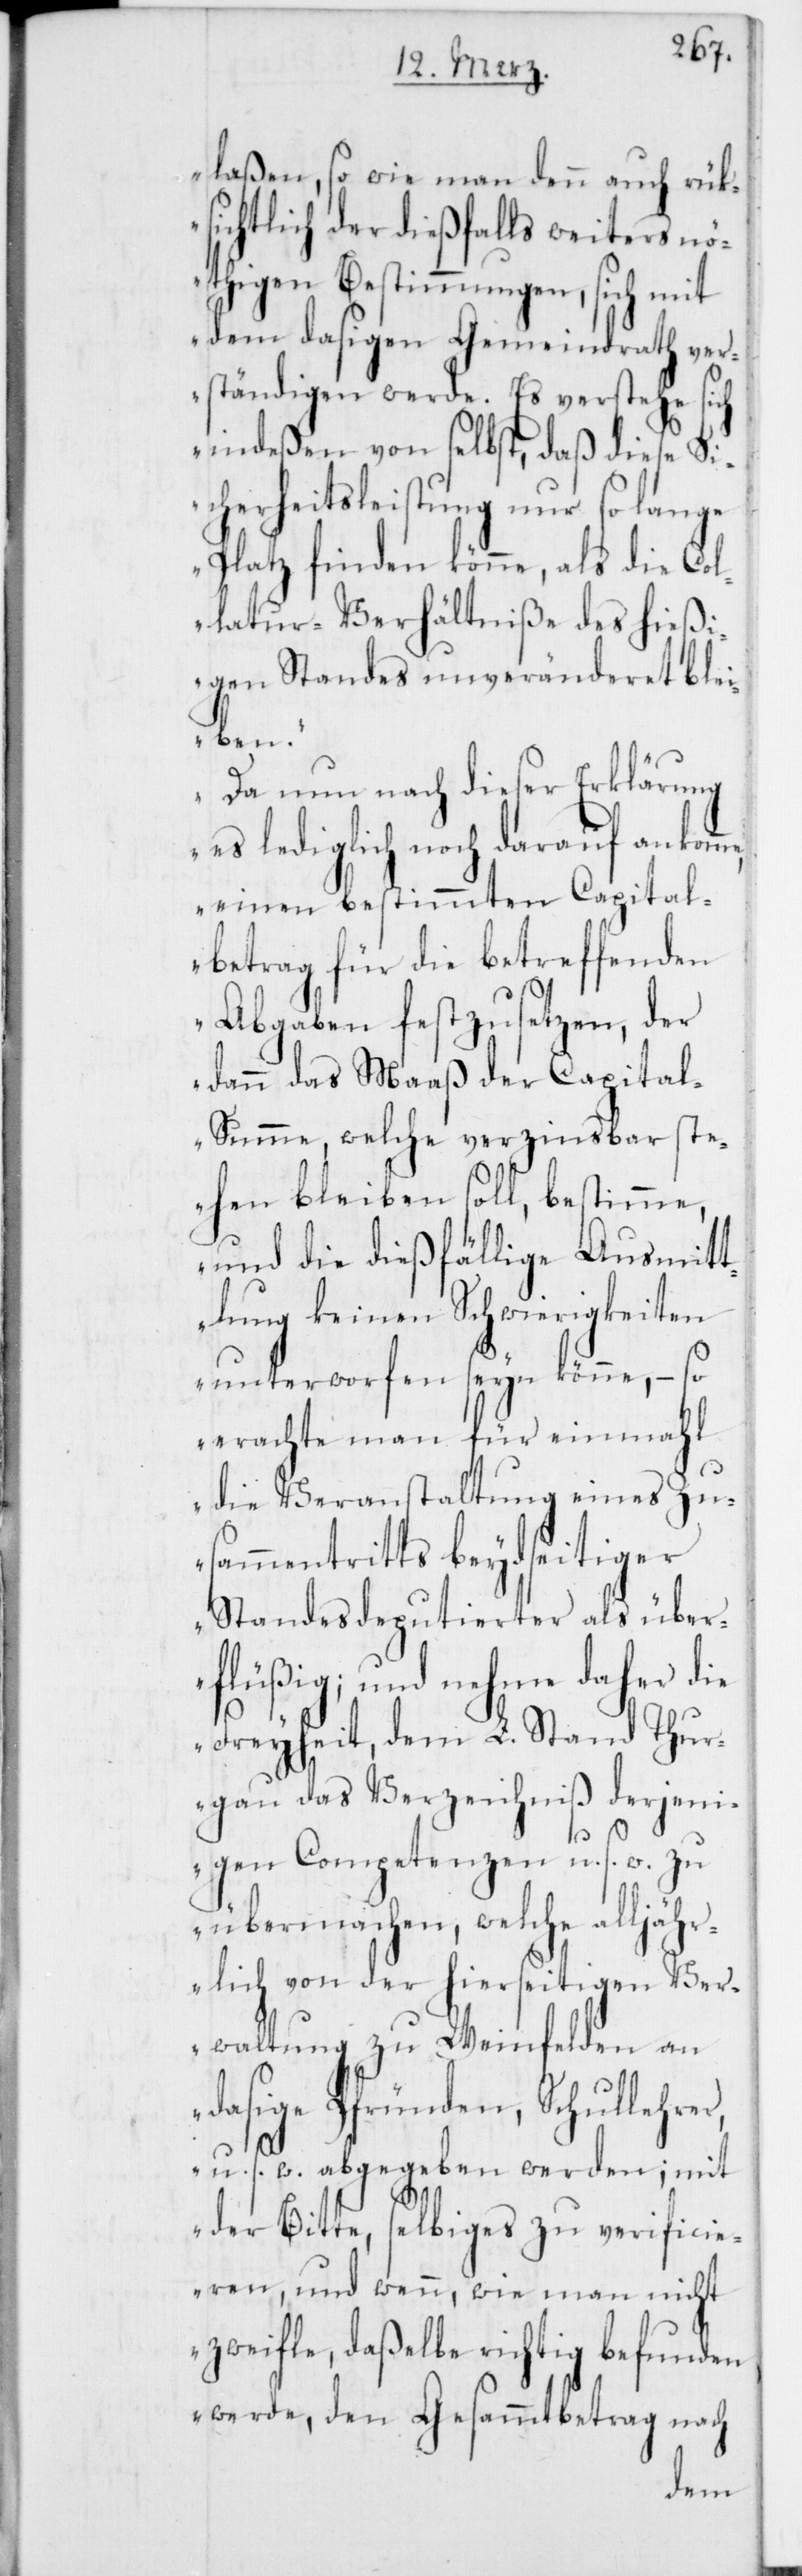
laßen, so wie man denn auch rük¬
sichtlich der dießfalls weiters nö¬
thigen Bestimmungen, sich mit
dem dasigen Gemeindrath ver¬
ständigen werde. Es verstehe sich
indeßen von selbst, daß diese Si¬
cherheitsleistung nur so lange
Platz finden könne, als die Col¬
latur-Verhältniße des hießi¬
gen Standes unveränderet blei¬
me,
Da nun nach dieser Erklärung
es lediglich noch darauf ankom¬
einen bestimmten Capital¬
betrag für die betreffenden
Abgaben festzusetzen, der
dann das Maaß der Capita¬
l-Summe, welche verzinsbar ste¬
hen bleiben soll, bestimme,
und die dießfällige Ausmitt¬
lung keinen Schwierigkeiten
unterworfen seyn könne, – so
erachte man für einmahl
die Veranstaltung eines Zu¬
sammentritts beydseitiger
Standesdeputierter als über¬
flüßig; und nehme daher die
Freyheit, dem L. Stand Thur¬
gau das Verzeichniß derjeni¬
gen Competenzen u. s. w. zu
übermachen, welche alljäh¬
rlich von der hierseitigen Ver¬
waltung zu Weinfelden an
dasige Pfründen, Schullehrer,
u. s. w. abgegeben werden; mit
der Bitte, selbiges zu verificie¬
ren, und wenn, wie man nicht
zweifle, daßelbe richtig befunden
werde, den Gesammtbetrag nach